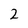
Character: 2